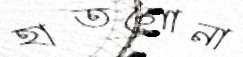
হাতগোনা